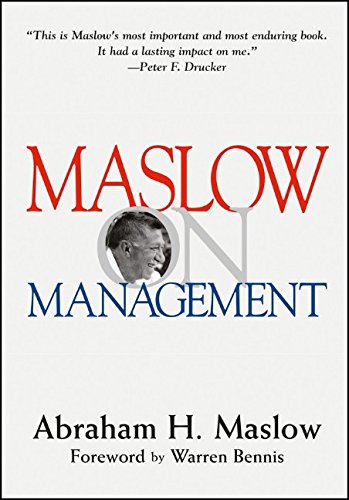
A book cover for Maslow on Management; A.H. Maslow; Medical Books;